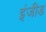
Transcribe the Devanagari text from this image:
इंजीड